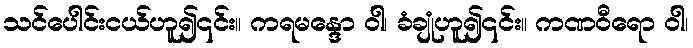
သင်ပေါင်းငယ်ဟူ၍၎င်း။ ကရမန္ဒော ဝါ၊ ခံချုံဟူ၍၎င်း။ ကဏဝီရော ဝါ၊